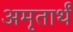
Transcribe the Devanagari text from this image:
अमृतार्थं